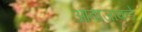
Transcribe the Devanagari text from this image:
आवाजाकडे